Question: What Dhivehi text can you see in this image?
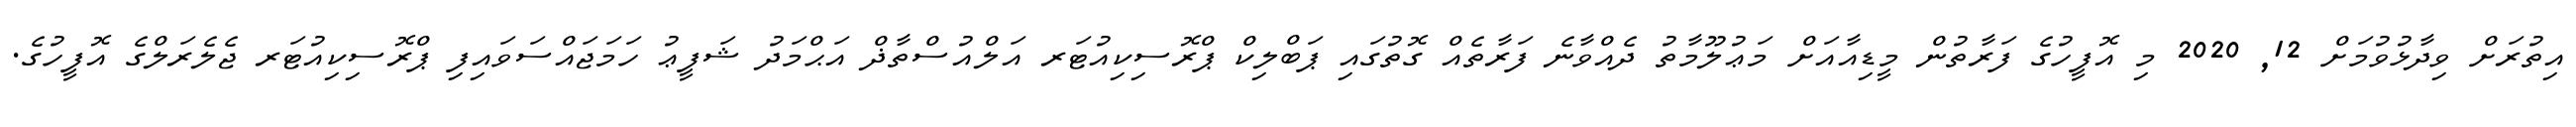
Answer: އިތުރަށް ވިދާޅުވުމަށް 12, 2020 މި އޮފީހުގެ ފަރާތުން މީޑިއާއަށް މަޢުލޫމާތު ދެއްވާނެ ފަރާތެއް ގޮތުގައި ޕަބްލިކް ޕްރޮސިކިއުޓަރ އަލްއުސްތާޛް އަޙްމަދު ޝަފީޢު ހަމަޖައްސަވައިފި ޕްރޮސިކިއުޓަރ ޖެލެރަލްގެ އޮފީހުގެ.